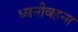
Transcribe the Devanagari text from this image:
ध्वनीवहना